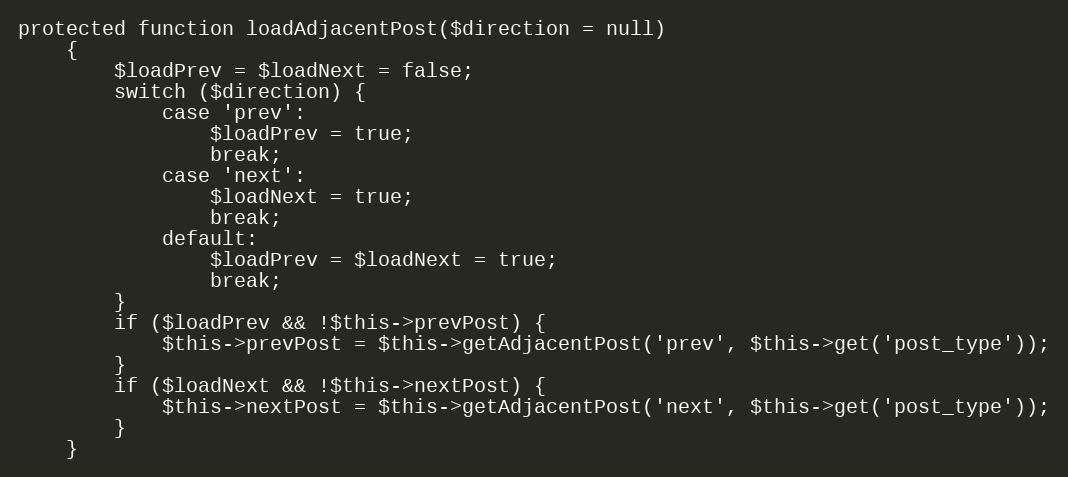
Language: PHP
protected function loadAdjacentPost($direction = null)
    {
        $loadPrev = $loadNext = false;
        switch ($direction) {
            case 'prev':
                $loadPrev = true;
                break;
            case 'next':
                $loadNext = true;
                break;
            default:
                $loadPrev = $loadNext = true;
                break;
        }
        if ($loadPrev && !$this->prevPost) {
            $this->prevPost = $this->getAdjacentPost('prev', $this->get('post_type'));
        }
        if ($loadNext && !$this->nextPost) {
            $this->nextPost = $this->getAdjacentPost('next', $this->get('post_type'));
        }
    }